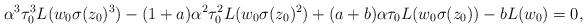
LaTeX: \begin{align*}\alpha^3\tau_0^3 L(w_0 \sigma(z_0)^3) - (1 + a) \alpha^2 \tau^2_0 L(w_0 \sigma(z_0)^2) + (a + b) \alpha \tau_0 L(w_0\sigma(z_0)) - bL(w_0) = 0,\end{align*}